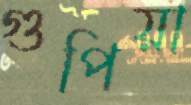
গুপিয়া